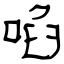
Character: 啗